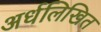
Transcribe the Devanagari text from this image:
अर्धलिखित